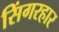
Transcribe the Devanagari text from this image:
सिंगरहार